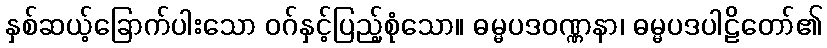
နှစ်ဆယ့်ခြောက်ပါးသော ဝဂ်နှင့်ပြည့်စုံသော။ ဓမ္မပဒဝဏ္ဏနာ၊ ဓမ္မပဒပါဠိတော်၏